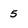
Character: 5